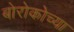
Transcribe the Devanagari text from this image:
बोरोकोच्या